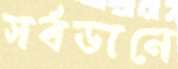
সর্বডানে